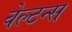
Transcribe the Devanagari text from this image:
वेल्टन्स